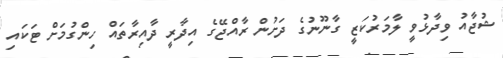
ޝުޖާއު ވިދާޅުވީ ލާމަރުކަޒީ ގާނޫނުގެ ދަށުން ރާއްޖޭގެ އިދާރީ ދާއިރާތައް ހިންގުމަށް ޓަކައި